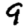
Digit: 9